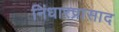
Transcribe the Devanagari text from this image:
निंधारप्रासाद